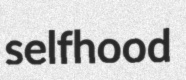
selfhood